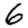
Digit: 6